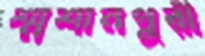
শ্মশানপুরী